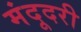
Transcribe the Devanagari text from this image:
मंदूदरी